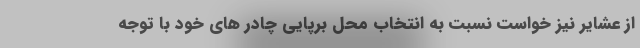
از عشایر نیز خواست نسبت به انتخاب محل برپایی چادر های خود با توجه